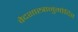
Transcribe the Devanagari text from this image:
वेदशास्त्रानुमोदित